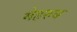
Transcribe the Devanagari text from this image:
मेहरुब